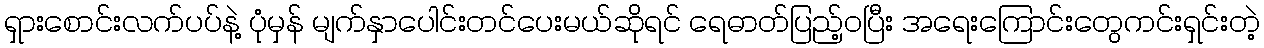
ရှားစောင်းလက်ပပ်နဲ့ ပုံမှန် မျက်နှာပေါင်းတင်ပေးမယ်ဆိုရင် ရေဓာတ်ပြည့်ဝပြီး အရေးကြောင်းတွေကင်းရှင်းတဲ့